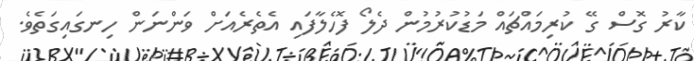
ކާރު ގޮސް ގޭ ކުރިމައްޗައް މަޑުކުރުމުން ދެލޯ ފޮހެލާފައި އެތެރެއަށް ވަންނަން ހިނގައިގަތެވެ.